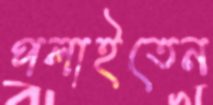
পলাইতেন